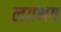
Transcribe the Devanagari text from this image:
लग़भग